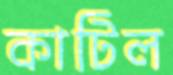
কাটিল